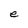
Character: e